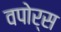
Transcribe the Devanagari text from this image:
वपोर्स